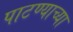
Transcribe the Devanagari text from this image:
पाटण्याच्या